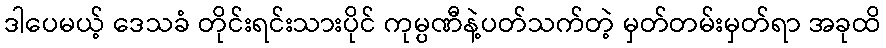
ဒါပေမယ့် ဒေသခံ တိုင်းရင်းသားပိုင် ကုမ္ပဏီနဲ့ပတ်သက်တဲ့ မှတ်တမ်းမှတ်ရာ အခုထိ